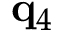
{ \bf q } _ { 4 }